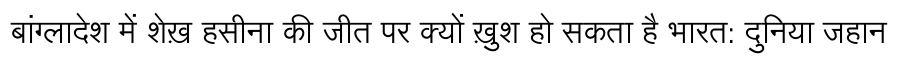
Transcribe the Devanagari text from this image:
बांग्लादेश में शेख़ हसीना की जीत पर क्यों ख़ुश हो सकता है भारत: दुनिया जहान